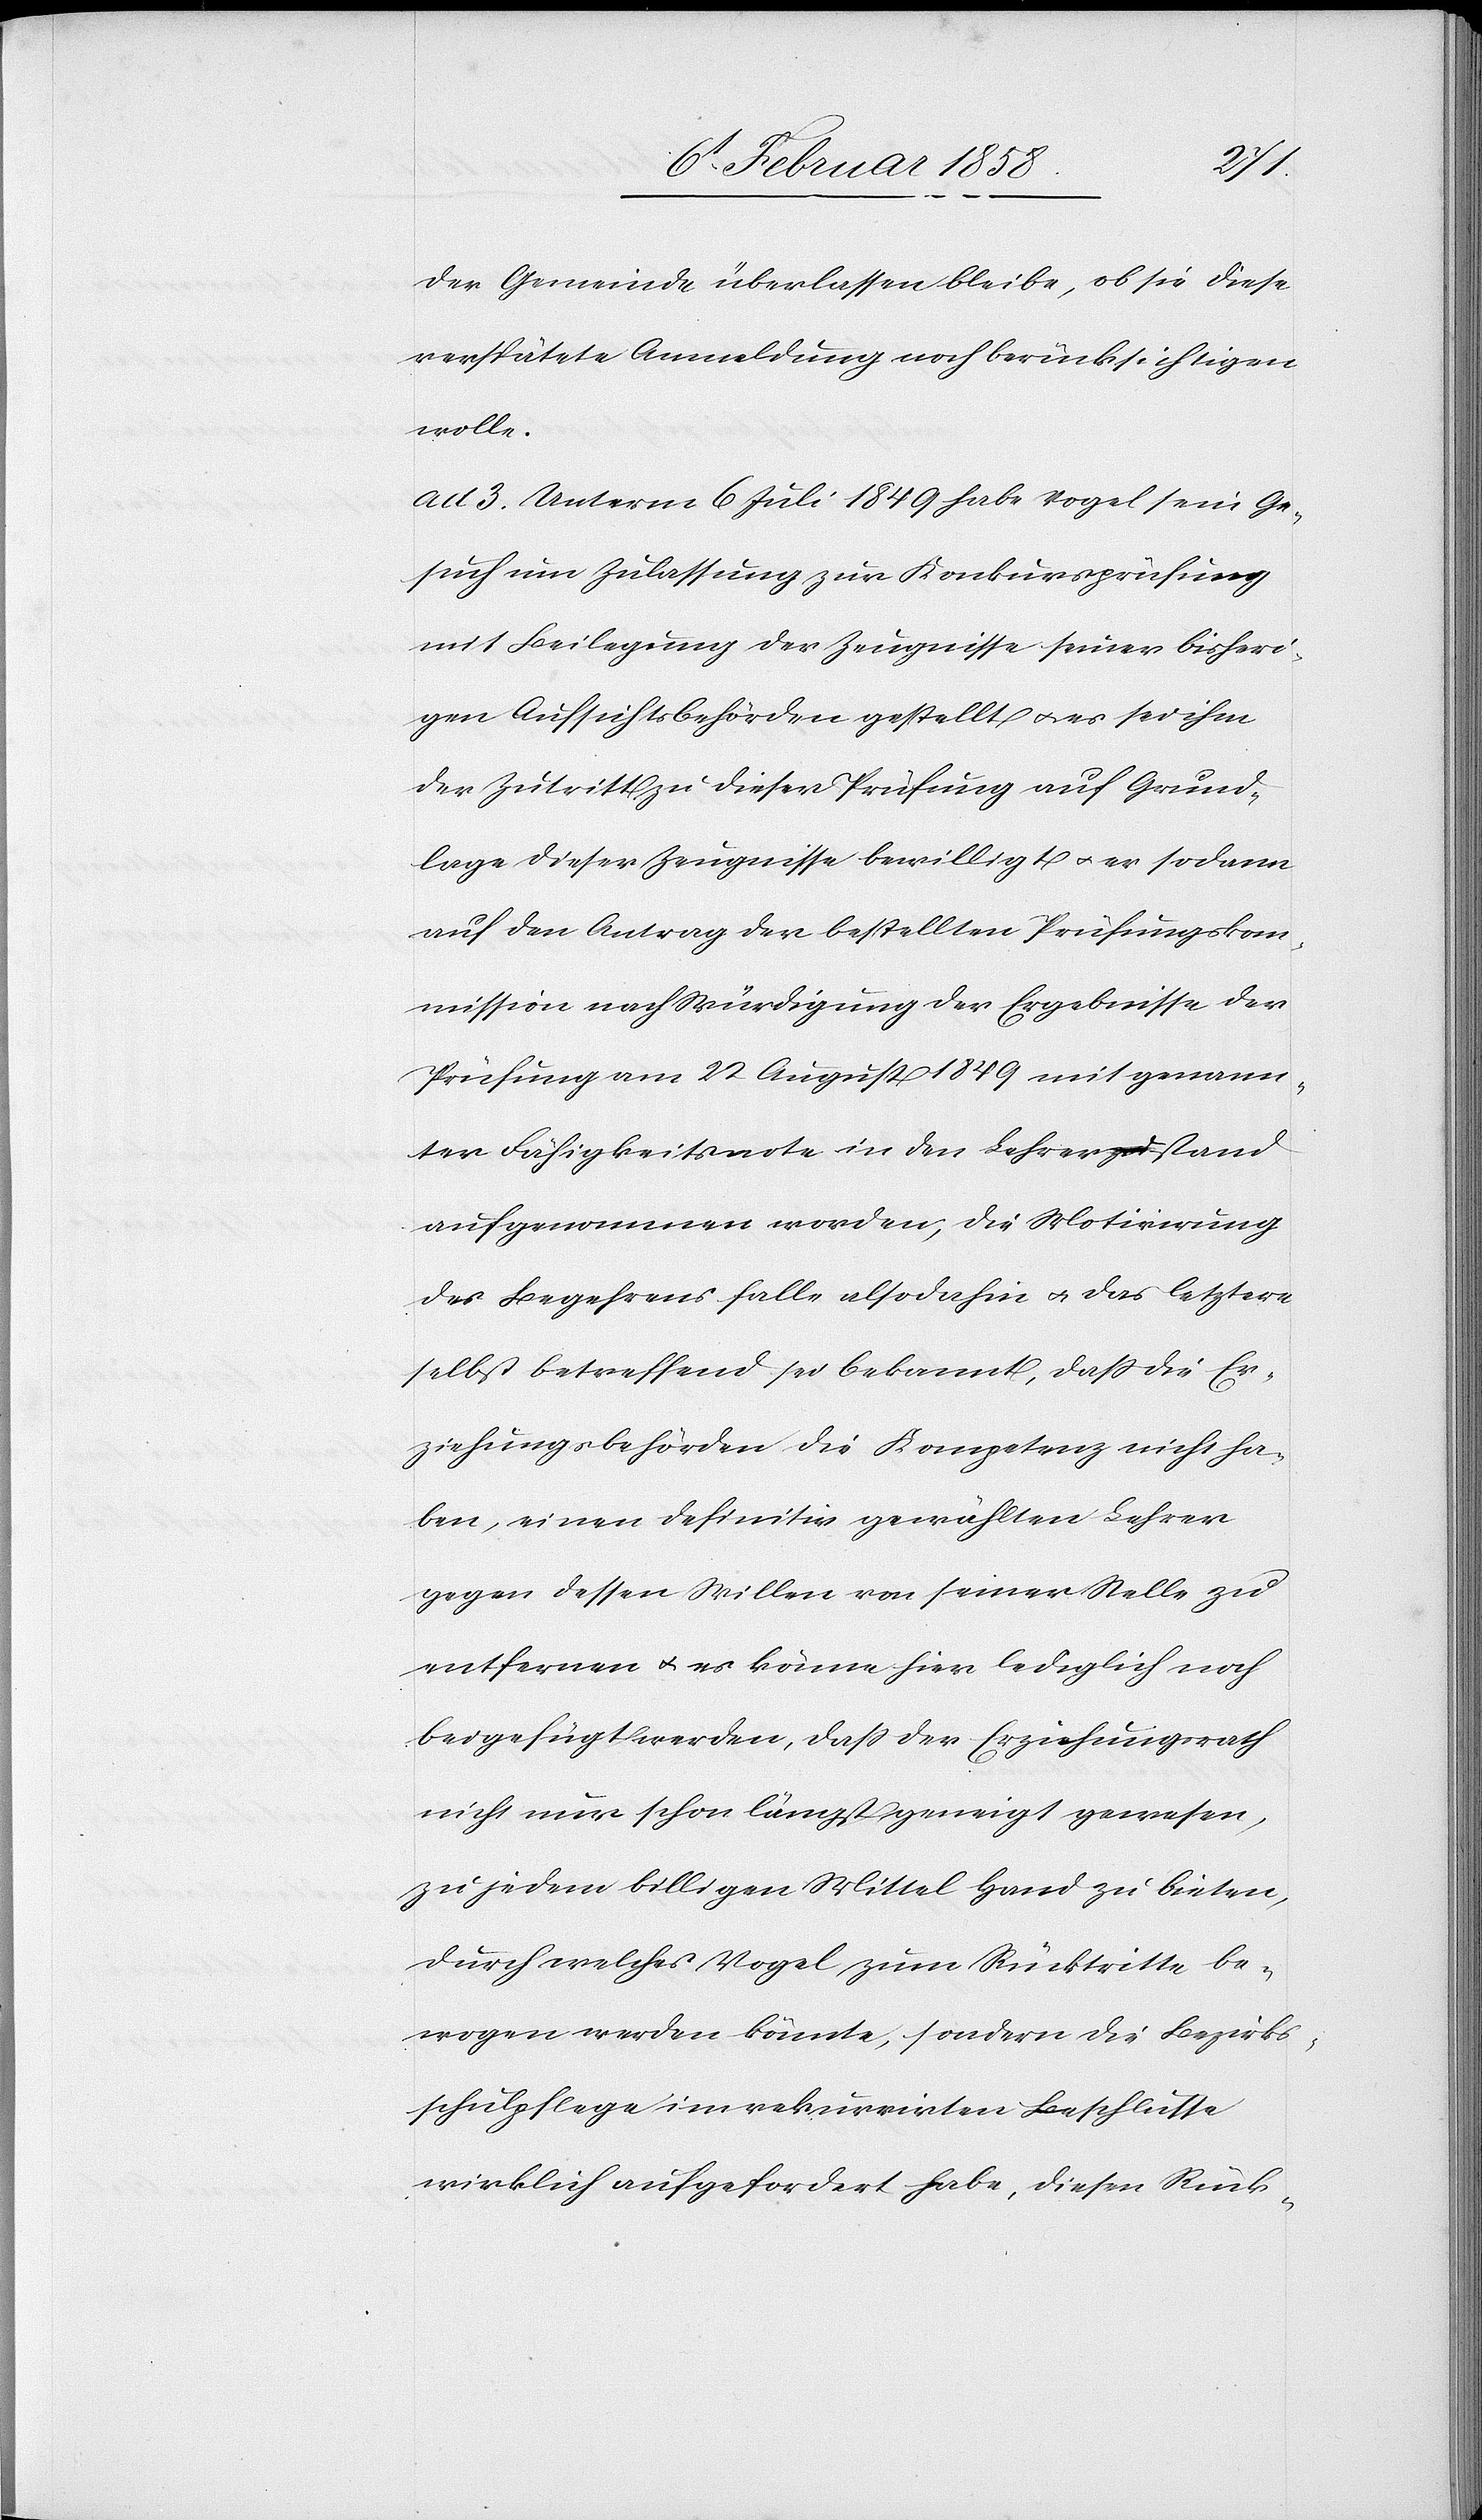
der Gemeinde überlassen bleibe, ob sie diese
verspätete Anmeldung noch berücksichtigen
wolle.
ad 3. Unterm 6 Juli 1849 habe Vogel sein Ge¬
such um Zulassung zur Konkursprüfung
mit Beilegung der Zeugnisse seiner bisheri¬
gen Aufsichtsbehörden gestellt u. es sei ihm
der Zutritt zu dieser Prüfung auf Grund¬
lage dieser Zeugnisse bewilligt u. er sodann
auf den Antrag der bestellten Prüfungskom¬
mission nach Würdigung der Ergebnisse der
Prüfung am 22 August 1849 mit genann¬
ter Fähigkeitsnote in den Lehrera-zu-astand
aufgenommen worden, die Motivirung
des Begehrens falle also dahin u. das letztere
selbst betreffend sei bekannt, daß die Er¬
ziehungsbehörden die Kompetenz nicht ha¬
ben, einen definitiv gewählten Lehrer
gegen dessen Willen von seiner Stelle zu
entfernen u. es könne hier lediglich noch
beigefügt werden, daß der Erziehungsrath
nicht nur schon längst geneigt gewesen,
zu jedem billigen Mittel Hand zu bieten,
durch welches Vogel zum Rücktritte be¬
wogen werden könnte, sondern die Bezirks¬
schulpflege im rekurrirten Beschlusse
wirklich aufgefordert habe, diesen Rück-